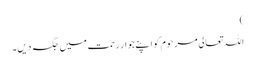
)
اللہ تعالی مرحوم کو اپنے جوارِ رحمت میں جگہ دیں۔